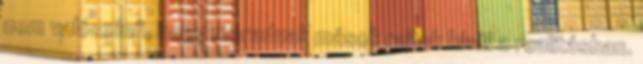
nem valószínű, hogy maradnak mások rajtuk kívül a realitásban.